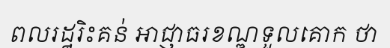
ពលរដ្ឋរិះគន់ អាជ្ញាធរខណ្ឌទួលគោក ថា